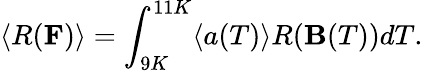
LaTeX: \langle R({\mathbf F})\rangle=\int_{9K}^{11K}\langle a(T)\rangle R({\mathbf B}(T))dT.